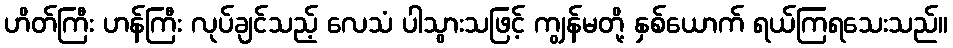
ဟိတ်ကြီး ဟန်ကြီး လုပ်ချင်သည့် လေသံ ပါသွားသဖြင့် ကျွန်မတို့ နှစ်ယောက် ရယ်ကြရသေးသည်။